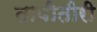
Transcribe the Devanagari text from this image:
तापीतीरी